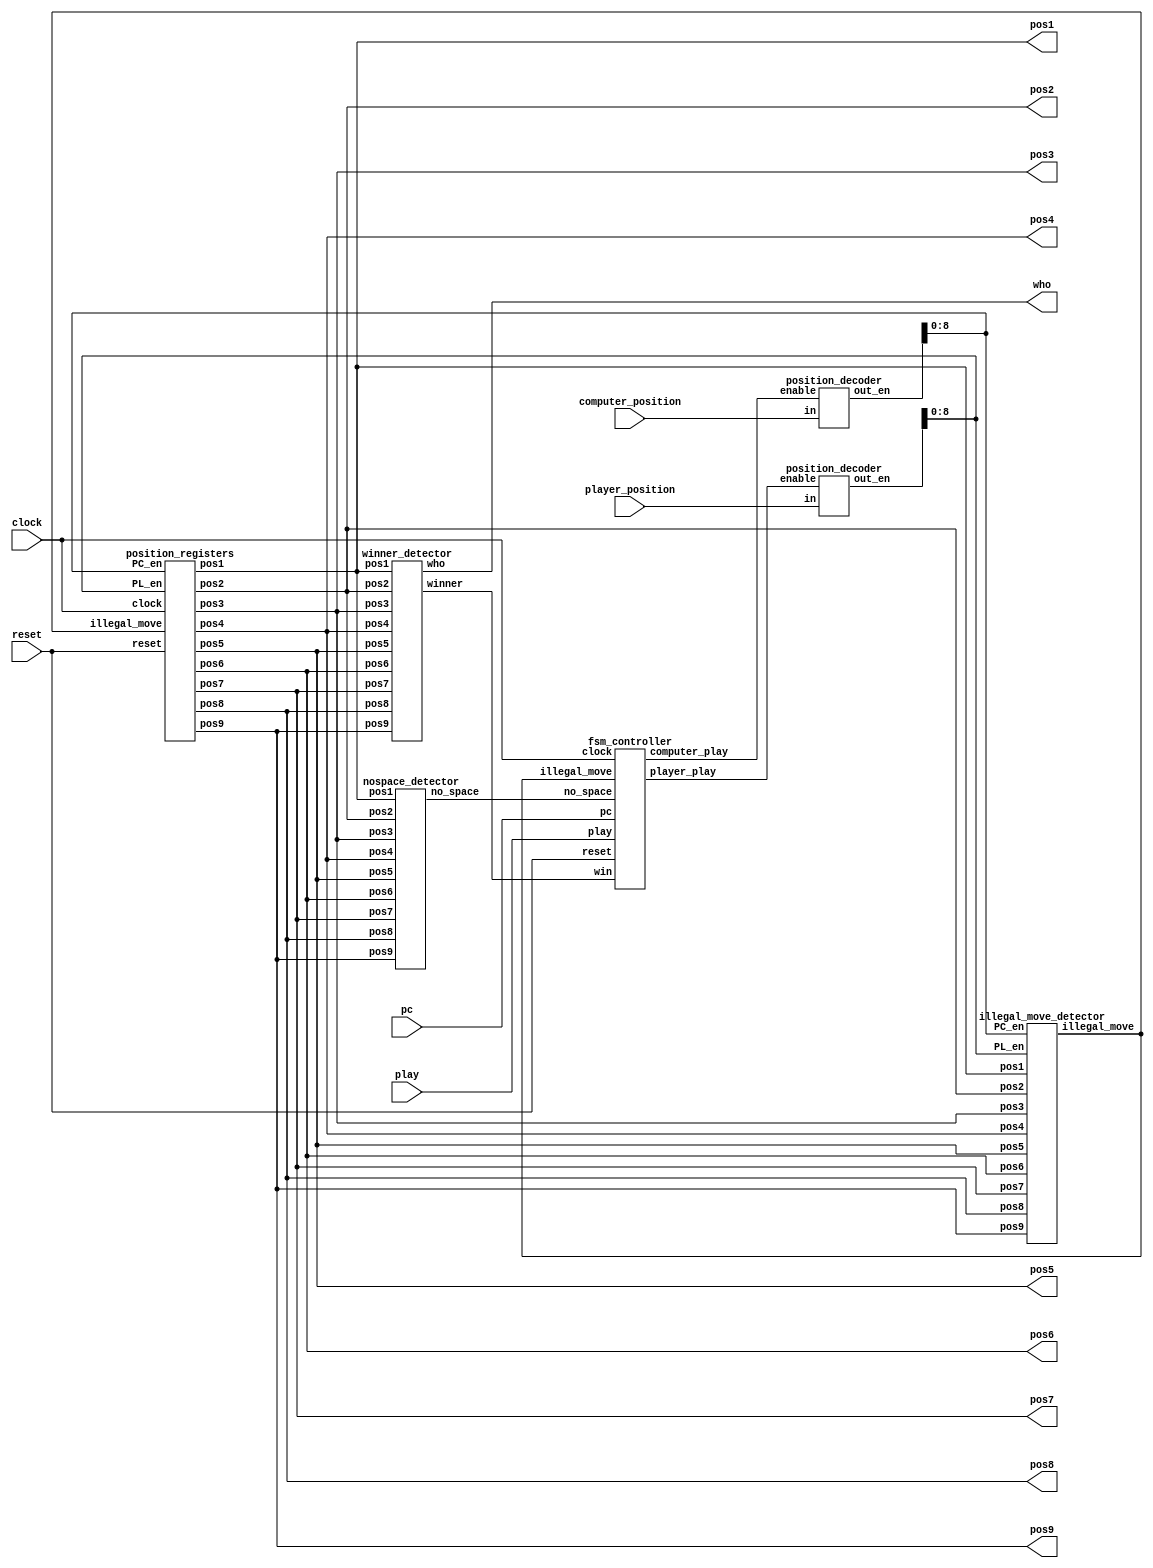
 
module tic_tac_toe(
     input clock, 
     input reset, 
     input play, 
     input pc, 
     input [3:0] computer_position,player_position, 
     
     output wire [1:0] pos1,pos2,pos3,
     pos4,pos5,pos6,pos7,pos8,pos9,
     
     output wire[1:0]who 
   
     );
 wire [15:0] PC_en;// Computer enable signals 
 wire [15:0] PL_en; // Player enable signals 
 wire illegal_move; // disable writing when an illegal move is detected 
 wire win; // win signal 
 wire computer_play; // computer enabling signal 
 wire player_play; // player enabling signal 
 wire no_space; // no space signal 
 // position registers    
  position_registers position_reg_unit(
      clock, // clock of the game 
      reset, // reset the game 
      illegal_move, // disable writing when an illegal move is detected 
      PC_en[8:0], // Computer enable signals 
      PL_en[8:0], // Player enable signals 
      pos1,pos2,pos3,pos4,pos5,pos6,pos7,pos8,pos9// positions stored
      );
 // winner detector 
 winner_detector win_detect_unit(pos1,pos2,pos3,pos4,pos5,pos6,pos7,pos8,pos9,win,who);
 // position decoder for computer 
 position_decoder pd1(computer_position,computer_play,PC_en);
 // position decoder for player  
 position_decoder pd2(player_position,player_play,PL_en); 
 // illegal move detector
  illegal_move_detector imd_unit(
   pos1,pos2,pos3,pos4,pos5,pos6,pos7,pos8,pos9, 
   PC_en[8:0], PL_en[8:0], 
   illegal_move
   );

 nospace_detector nsd_unit(
   pos1,pos2,pos3,pos4,pos5,pos6,pos7,pos8,pos9, 
   no_space
    ); 
 fsm_controller tic_tac_toe_controller(
     clock,// clock of the circuit 
     reset,// reset 
     play, // player plays 
     pc,// computer plays 
     illegal_move,// illegal move detected 
     no_space, // no_space detected 
     win, // winner detected 
     computer_play, // enable computer to play 
     player_play // enable player to play 
     );    
endmodule 

module position_registers(
      input clock, // clock of the game 
      input reset, // reset the game 
      input illegal_move, // disable writing when an illegal move is detected 
      input [8:0] PC_en, // Computer enable signals 
      input [8:0] PL_en, // Player enable signals 
      output reg[1:0] pos1,pos2,pos3,pos4,pos5,pos6,pos7,pos8,pos9// positions stored
      );

 always @(posedge clock or posedge reset)
 begin
  if(reset) 
   pos1 <= 2'b00;
  else begin
   if(illegal_move==1'b1)
    pos1 <= pos1;// keep previous position
   else if(PC_en[0]==1'b1)
    pos1 <= 2'b10; // store computer data 
   else if (PL_en[0]==1'b1)
    pos1 <= 2'b01;// store player data 
   else 
    pos1 <= pos1;// keep previous position
  end 
 end 

 always @(posedge clock or posedge reset)
 begin
  if(reset) 
   pos2 <= 2'b00;
  else begin
   if(illegal_move==1'b1)
    pos2 <= pos2;// keep previous position
   else if(PC_en[1]==1'b1)
    pos2 <= 2'b10; // store computer data 
   else if (PL_en[1]==1'b1)
    pos2 <= 2'b01;// store player data 
   else 
    pos2 <= pos2;// keep previous position
  end 
 end 

 always @(posedge clock or posedge reset)
 begin
  if(reset) 
   pos3 <= 2'b00;
  else begin
   if(illegal_move==1'b1)
    pos3 <= pos3;// keep previous position
   else if(PC_en[2]==1'b1)
    pos3 <= 2'b10; // store computer data 
   else if (PL_en[2]==1'b1)
    pos3 <= 2'b01;// store player data 
   else 
    pos3 <= pos3;// keep previous position
  end 
 end  

 always @(posedge clock or posedge reset)
 begin
  if(reset) 
   pos4 <= 2'b00;
  else begin
   if(illegal_move==1'b1)
    pos4 <= pos4;// keep previous position
   else if(PC_en[3]==1'b1)
    pos4 <= 2'b10; // store computer data 
   else if (PL_en[3]==1'b1)
    pos4 <= 2'b01;// store player data 
   else 
    pos4 <= pos4;// keep previous position
  end 
 end 
 
 always @(posedge clock or posedge reset)
 begin
  if(reset) 
   pos5 <= 2'b00;
  else begin
   if(illegal_move==1'b1)
    pos5 <= pos5;// keep previous position
   else if(PC_en[4]==1'b1)
    pos5 <= 2'b10; // store computer data 
   else if (PL_en[4]==1'b1)
    pos5 <= 2'b01;// store player data 
   else 
    pos5 <= pos5;// keep previous position
  end 
 end 
 
 always @(posedge clock or posedge reset)
 begin
  if(reset) 
   pos6 <= 2'b00;
  else begin
   if(illegal_move==1'b1)
    pos6 <= pos6;// keep previous position
   else if(PC_en[5]==1'b1)
    pos6 <= 2'b10; // store computer data 
   else if (PL_en[5]==1'b1)
    pos6 <= 2'b01;// store player data 
   else 
    pos6 <= pos6;// keep previous position
  end 
 end 
 
 always @(posedge clock or posedge reset)
 begin
  if(reset) 
   pos7 <= 2'b00;
  else begin
   if(illegal_move==1'b1)
    pos7 <= pos7;// keep previous position
   else if(PC_en[6]==1'b1)
    pos7 <= 2'b10; // store computer data 
   else if (PL_en[6]==1'b1)
    pos7 <= 2'b01;// store player data 
   else 
    pos7 <= pos7;// keep previous position
  end 
 end 
 
 always @(posedge clock or posedge reset)
 begin
  if(reset) 
   pos8 <= 2'b00;
  else begin
   if(illegal_move==1'b1)
    pos8 <= pos8;// keep previous position
   else if(PC_en[7]==1'b1)
    pos8 <= 2'b10; // store computer data 
   else if (PL_en[7]==1'b1)
    pos8 <= 2'b01;// store player data 
   else 
    pos8 <= pos8;// keep previous position
  end 
 end 
 
 always @(posedge clock or posedge reset)
 begin
  if(reset) 
   pos9 <= 2'b00;
  else begin
   if(illegal_move==1'b1)
    pos9 <= pos9;// keep previous position
   else if(PC_en[8]==1'b1)
    pos9 <= 2'b10; // store computer data 
   else if (PL_en[8]==1'b1)
    pos9 <= 2'b01;// store player data 
   else 
    pos9 <= pos9;// keep previous position
  end 
 end  
endmodule 

module fsm_controller(
     input clock,// clock of the circuit 
     input reset,// reset 
     play, // player plays 
     pc,// computer plays 
     illegal_move,// illegal move detected 
     no_space, // no_space detected 
     win, // winner detected 
     output reg computer_play, // enable computer to play 
     player_play // enable player to play 
     );
 
parameter IDLE=2'b00;
parameter PLAYER=2'b01;
parameter COMPUTER=2'b10;
parameter GAME_DONE=2'b11;
reg[1:0] current_state, next_state;

always @(posedge clock or posedge reset) 
begin 
 if(reset)
  current_state <= IDLE;
 else 
  current_state <= next_state;
end 
 
always @(*)
 begin
 case(current_state)
 IDLE: begin 
  if(reset==1'b0 && play == 1'b1)
   next_state <= PLAYER; // player to play 
  else 
   next_state <= IDLE;
  player_play <= 1'b0;
  computer_play <= 1'b0;
 end 
 PLAYER:begin 
  player_play <= 1'b1;
  computer_play <= 1'b0;
  if(illegal_move==1'b0)
   next_state <= COMPUTER; // computer to play 
  else 
   next_state <= IDLE;
 end 
 COMPUTER:begin 
  player_play <= 1'b0;
  if(pc==1'b0) begin 
   next_state <= COMPUTER;
   computer_play <= 1'b0;
  end
  else if(win==1'b0 && no_space == 1'b0)
  begin 
   next_state <= IDLE;
   computer_play <= 1'b1;// computer to play when PC=1
  end 
  else if(no_space == 1 || win ==1'b1)
  begin 
   next_state <= GAME_DONE; // game done 
   computer_play <= 1'b1;// computer to play when PC=1
  end  
 end 
 GAME_DONE:begin // game done
  player_play <= 1'b0;
  computer_play <= 1'b0; 
  if(reset==1'b1) 
   next_state <= IDLE;// reset the game to IDLE 
  else 
   next_state <= GAME_DONE;  
 end 
 default: next_state <= IDLE; 
 endcase
 end
endmodule 

module nospace_detector(
   input [1:0] pos1,pos2,pos3,pos4,pos5,pos6,pos7,pos8,pos9, 
   output wire no_space
    );
wire temp1,temp2,temp3,temp4,temp5,temp6,temp7,temp8,temp9;
    
assign temp1 = pos1[1] | pos1[0];
assign temp2 = pos2[1] | pos2[0];
assign temp3 = pos3[1] | pos3[0];
assign temp4 = pos4[1] | pos4[0];
assign temp5 = pos5[1] | pos5[0];
assign temp6 = pos6[1] | pos6[0];
assign temp7 = pos7[1] | pos7[0];
assign temp8 = pos8[1] | pos8[0];
assign temp9 = pos9[1] | pos9[0];

assign no_space =((((((((temp1 & temp2) & temp3) & temp4) & temp5) & temp6) & temp7) & temp8) & temp9);
endmodule 


module illegal_move_detector(
   input [1:0] pos1,pos2,pos3,pos4,pos5,pos6,pos7,pos8,pos9, 
   input [8:0] PC_en, PL_en, 
   output wire illegal_move
   );
wire temp1,temp2,temp3,temp4,temp5,temp6,temp7,temp8,temp9;
wire temp11,temp12,temp13,temp14,temp15,temp16,temp17,temp18,temp19;
wire temp21,temp22;
   
assign temp1 = (pos1[1] | pos1[0]) & PL_en[0];
assign temp2 = (pos2[1] | pos2[0]) & PL_en[1];
assign temp3 = (pos3[1] | pos3[0]) & PL_en[2];
assign temp4 = (pos4[1] | pos4[0]) & PL_en[3];
assign temp5 = (pos5[1] | pos5[0]) & PL_en[4];
assign temp6 = (pos6[1] | pos6[0]) & PL_en[5];
assign temp7 = (pos7[1] | pos7[0]) & PL_en[6];
assign temp8 = (pos8[1] | pos8[0]) & PL_en[7];
assign temp9 = (pos9[1] | pos9[0]) & PL_en[8];
 
assign temp11 = (pos1[1] | pos1[0]) & PC_en[0];
assign temp12 = (pos2[1] | pos2[0]) & PC_en[1];
assign temp13 = (pos3[1] | pos3[0]) & PC_en[2];
assign temp14 = (pos4[1] | pos4[0]) & PC_en[3];
assign temp15 = (pos5[1] | pos5[0]) & PC_en[4];
assign temp16 = (pos6[1] | pos6[0]) & PC_en[5];
assign temp17 = (pos7[1] | pos7[0]) & PC_en[6];
assign temp18 = (pos8[1] | pos8[0]) & PC_en[7];
assign temp19 = (pos9[1] | pos9[0]) & PC_en[8];
 
assign temp21 =((((((((temp1 | temp2) | temp3) | temp4) | temp5) | temp6) | temp7) | temp8) | temp9);
assign temp22 =((((((((temp11 | temp12) | temp13) | temp14) | temp15) | temp16) | temp17) | temp18) | temp19);

assign illegal_move = temp21 | temp22 ;
endmodule 

module position_decoder(input[3:0] in, input enable, output wire [15:0] out_en);
 reg[15:0] temp1;
 assign out_en = (enable==1'b1)?temp1:16'd0;
 always @(*)
 begin
 case(in)
 4'd0: temp1 <= 16'b0000000000000001;
 4'd1: temp1 <= 16'b0000000000000010; 
 4'd2: temp1 <= 16'b0000000000000100;
 4'd3: temp1 <= 16'b0000000000001000;
 4'd4: temp1 <= 16'b0000000000010000;
 4'd5: temp1 <= 16'b0000000000100000;
 4'd6: temp1 <= 16'b0000000001000000;
 4'd7: temp1 <= 16'b0000000010000000;
 4'd8: temp1 <= 16'b0000000100000000;
 4'd9: temp1 <= 16'b0000001000000000;
 4'd10: temp1 <= 16'b0000010000000000;
 4'd11: temp1 <= 16'b0000100000000000;
 4'd12: temp1 <= 16'b0001000000000000;
 4'd13: temp1 <= 16'b0010000000000000;
 4'd14: temp1 <= 16'b0100000000000000;
 4'd15: temp1 <= 16'b1000000000000000;
 default: temp1 <= 16'b0000000000000001; 
 endcase 
end 
endmodule 

module winner_detector(input [1:0] pos1,pos2,pos3,pos4,pos5,pos6,pos7,pos8,pos9, output wire winner, output wire [1:0]who);
wire win1,win2,win3,win4,win5,win6,win7,win8;
wire [1:0] who1,who2,who3,who4,who5,who6,who7,who8;
winner_detect_3 u1(pos1,pos2,pos3,win1,who1);// (1,2,3);
winner_detect_3 u2(pos4,pos5,pos6,win2,who2);// (4,5,6);
winner_detect_3 u3(pos7,pos8,pos9,win3,who3);// (7,8,9);
winner_detect_3 u4(pos1,pos4,pos7,win4,who4);// (1,4,7);
winner_detect_3 u5(pos2,pos5,pos8,win5,who5);// (2,5,8);
winner_detect_3 u6(pos3,pos6,pos9,win6,who6);// (3,6,9);
winner_detect_3 u7(pos1,pos5,pos9,win7,who7);// (1,5,9);
winner_detect_3 u8(pos3,pos5,pos6,win8,who8);// (3,5,7);
assign winner = (((((((win1 | win2) | win3) | win4) | win5) | win6) | win7) | win8);
assign who = (((((((who1 | who2) | who3) | who4) | who5) | who6) | who7) | who8);
endmodule 

module winner_detect_3(input [1:0] pos0,pos1,pos2, output wire winner, output wire [1:0]who);
wire [1:0] temp0,temp1,temp2;
wire temp3;
assign temp0[1] = !(pos0[1]^pos1[1]);
assign temp0[0] = !(pos0[0]^pos1[0]);
assign temp1[1] = !(pos2[1]^pos1[1]);
assign temp1[0] = !(pos2[0]^pos1[0]);
assign temp2[1] = temp0[1] & temp1[1];
assign temp2[0] = temp0[0] & temp1[0];
assign temp3 = pos0[1] | pos0[0];

assign winner = temp3 & temp2[1] & temp2[0];

assign who[1] = winner & pos0[1];
assign who[0] = winner & pos0[0];
endmodule